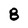
Character: 8